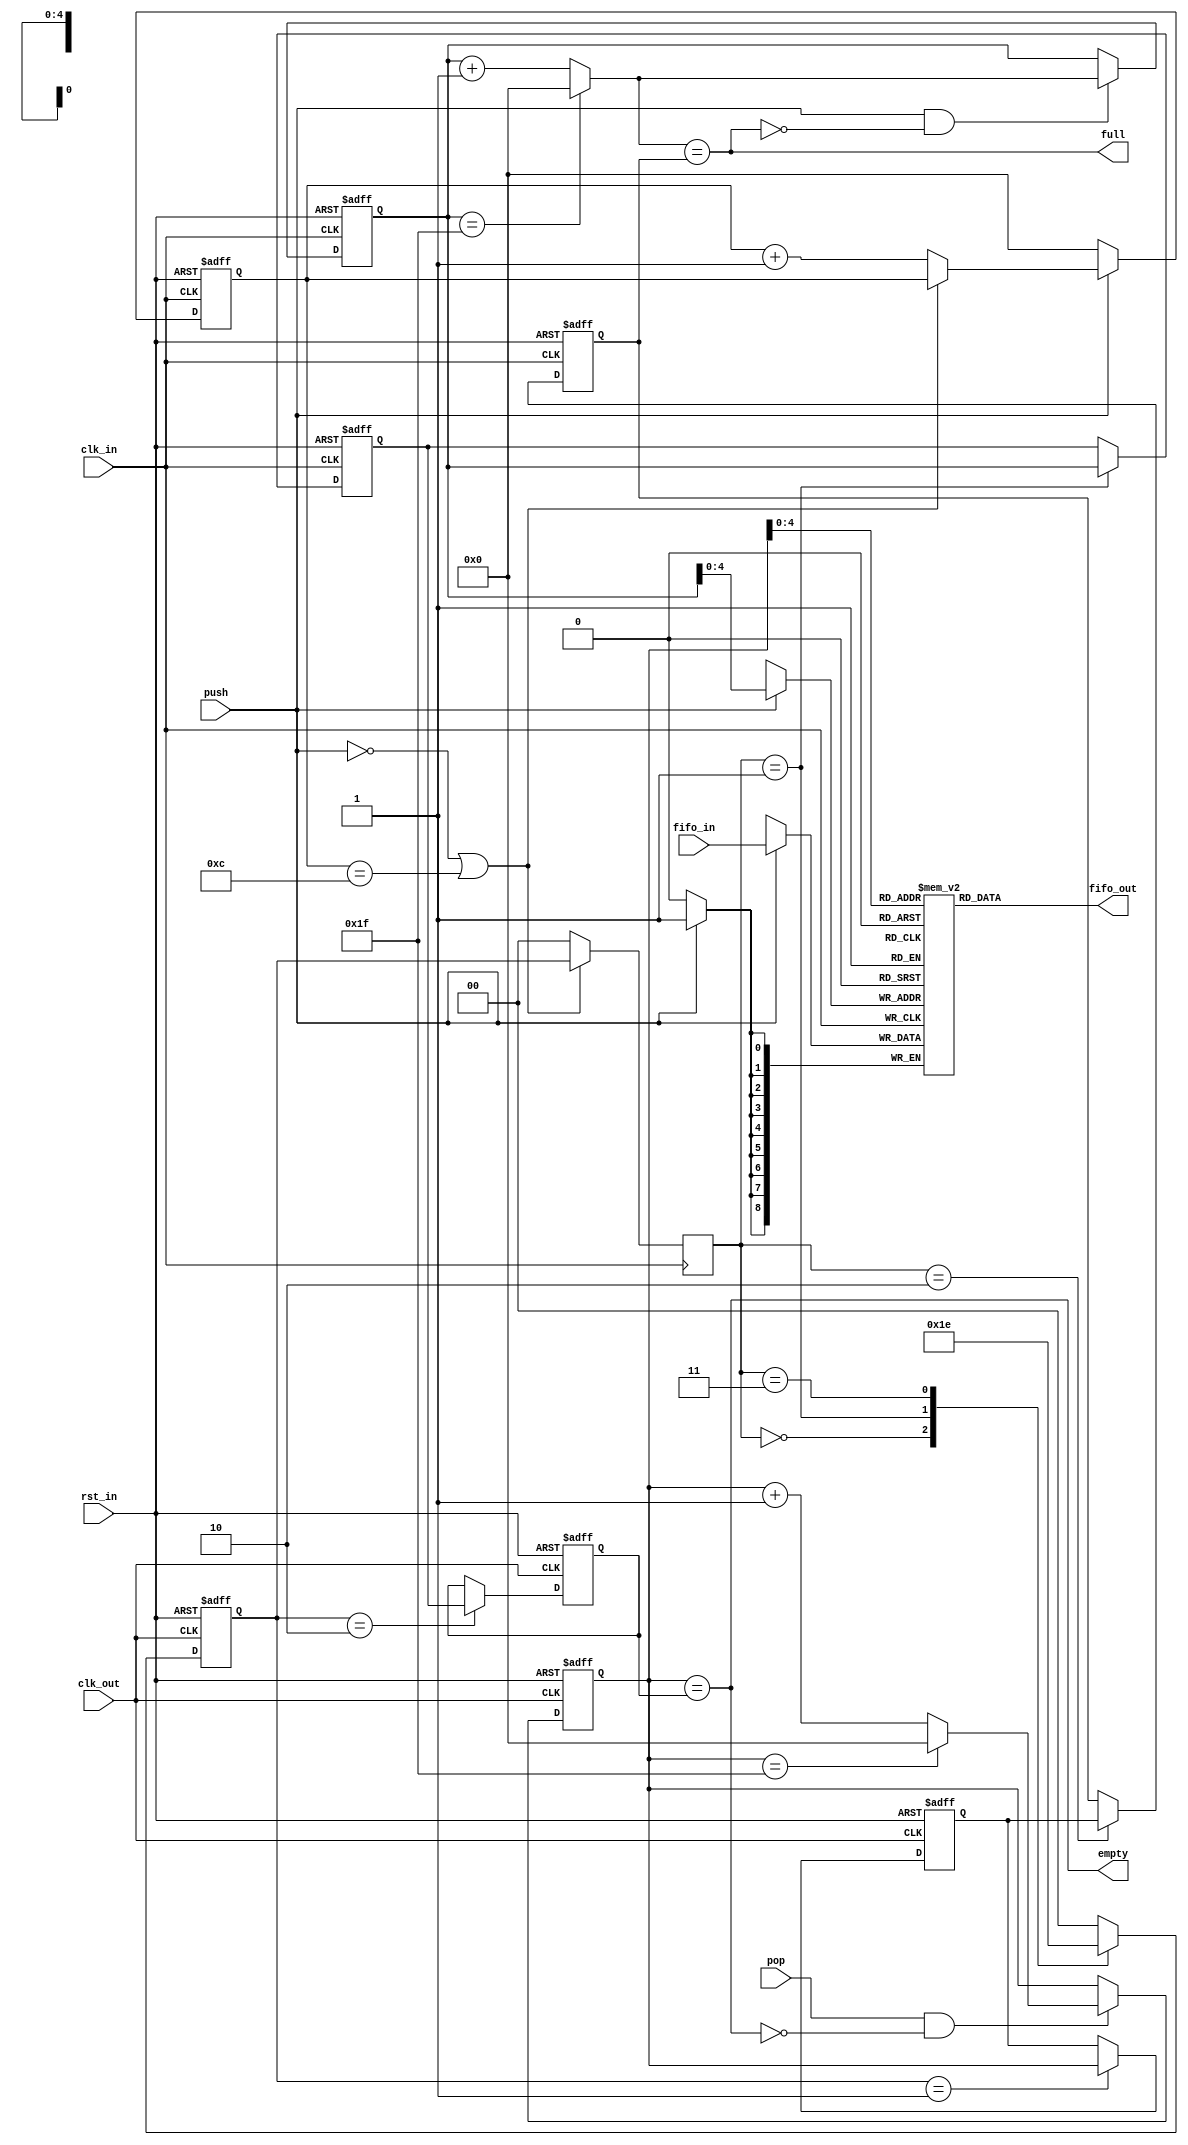
module sgmii_fifo
(
    input rst_in,
    input clk_in,
    input clk_out,
    input [8:0] fifo_in,
    input push,
    output full,
    output [8:0] fifo_out,
    input pop,
    output empty
);
    parameter DEPTH = 32; 
    parameter TRIG_DEPTH = 12; 
    reg [5:0] trig_cnt;
    wire trig_en = (!push || (trig_cnt == TRIG_DEPTH));
    always @ (posedge clk_in or posedge rst_in)
        if (rst_in)
            trig_cnt <= 6'd0;
        else if (!push)
            trig_cnt <= 6'd0;
        else if (!trig_en)
            trig_cnt <= trig_cnt + 6'd1;
    reg [1:0] cross_in;
    reg [5:0] head_in;
    reg [5:0] head_snapshot;
    reg [5:0] tail_in;
    reg [1:0] cross_out;
    reg [5:0] head_out;
    reg [5:0] tail_out;
    reg [5:0] tail_snapshot;
    always @ (posedge clk_in)
        cross_in <= (trig_en) ? cross_out : 2'd0;
    always @ (posedge clk_out or posedge rst_in)
        if (rst_in)
            cross_out <= 2'b00;
        else
            case (cross_in)
            2'b00: cross_out <= 2'b01;
            2'b01: cross_out <= 2'b11;
            2'b11: cross_out <= 2'b10;
            default: cross_out <= 2'b00;
            endcase
    wire [5:0] head_in_next = (head_in == (DEPTH - 1)) ? 6'd0 : head_in + 6'd1;
    wire fifo_full = (head_in_next == tail_in);
    always @ (posedge clk_in or posedge rst_in)
        if (rst_in)
        begin
            head_in <= 6'd0;
            head_snapshot <= 6'd0;
            tail_in <= 6'd0;
        end
        else
        begin
            if (push && !fifo_full)
                head_in <= head_in_next;
            case (cross_in)
            2'b01: head_snapshot <= head_in;
            2'b10: tail_in <= tail_snapshot;
            endcase
        end
    wire [5:0] tail_out_next = (tail_out == (DEPTH - 1)) ? 6'd0 : tail_out + 6'd1;
    wire fifo_empty = (tail_out == head_out);
    always @ (posedge clk_out or posedge rst_in)
        if (rst_in)
        begin
            head_out <= 6'd0;
            tail_out <= 6'd0;
            tail_snapshot <= 6'd0;
        end
        else
        begin
            if (pop && !fifo_empty)
                tail_out <= tail_out_next;
            case (cross_out)
            2'b01: tail_snapshot <= tail_out;
            2'b10: head_out <= head_snapshot;
            endcase
        end
    reg [8:0] fifo[(DEPTH - 1):0];
    always @ (posedge clk_in)
        if (push)
            fifo[head_in] <= fifo_in[8:0];
    assign full = fifo_full;
    assign empty = fifo_empty;
    assign fifo_out = fifo[tail_out];
endmodule